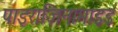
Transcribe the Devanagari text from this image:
पाइराज़िनामाइड